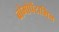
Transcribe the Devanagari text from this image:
ब्रोमोपेंटामिन